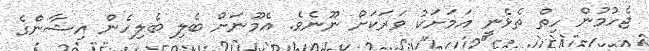
ޖެހުމުން ހިތް ތެޅެނީ އަމަށަކު ވަރަކަށް ނޫނެވެ. އެމޫނަށް ބެލި ބެލިހެން އިޝާންގެ